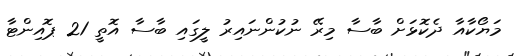
މަޔޯކާއާ ދެކޮޅަށް ބާސާ މިރޭ ނުކުންނައިރު ލީގައި ބާސާ އޮތީ 21 ޕޮއިންޓާ